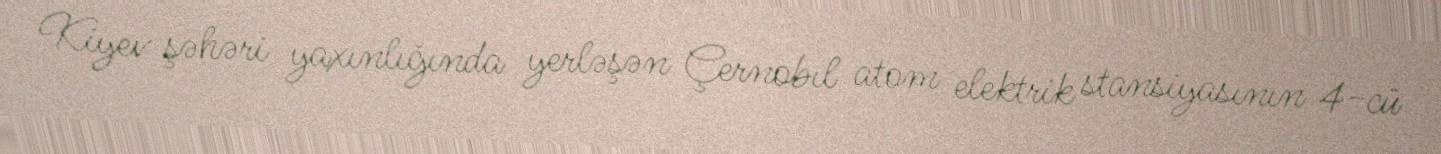
Kiyev şəhəri yaxınlığında yerləşən Çernobıl atom elektrik stansiyasının 4-cü